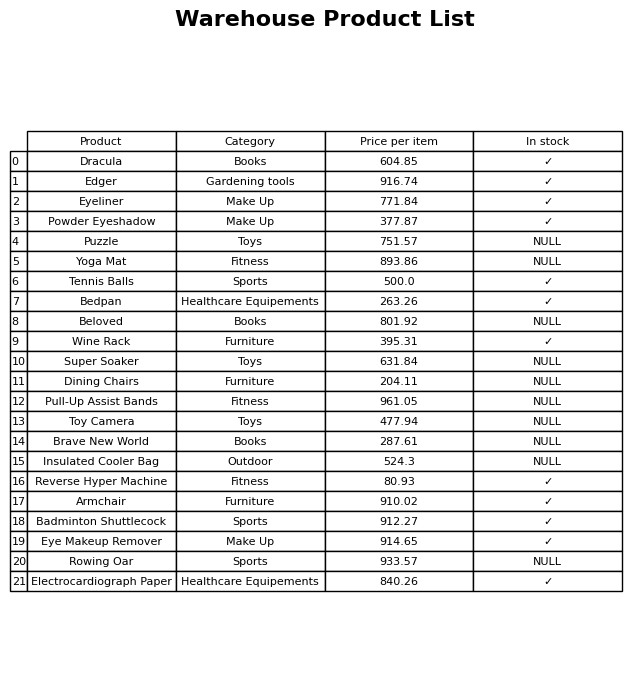
question: Is the Eye Makeup Remover in stock?
answer: ✓